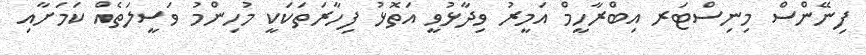
ފިނޭންސް މިނިސްޓަރ އިބްރާހީމް އަމީރު ވިދާޅުވީ އަތޮޅު ފިހާރަތަކަކީ މުހިންމު ވަސީލަތެއް ކަމަށާއި